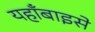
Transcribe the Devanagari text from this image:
यहाँबाइसे